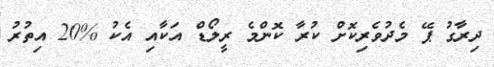
ދިރާގު ޕޭ މެދުވެރިކޮށް ކުރާ ކޮންމެ ރީލޯޑް އަކާއި އެކު %20 އިތުރު